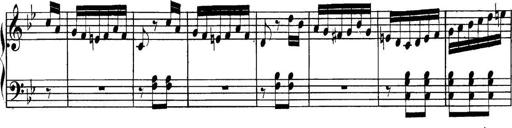
Title: Collected Piano Sonatas
Composer: Muzio Clementi